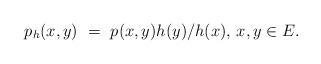
LaTeX: \begin{align*}p_h(x,y) ~=~ p(x,y) h(y)/h(x), \, x,y \in E.\end{align*}